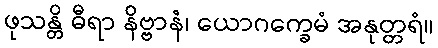
ဖုသန္တိ ဓီရာ နိဗ္ဗာနံ၊ ယောဂက္ခေမံ အနုတ္တရံ။